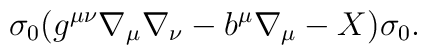
\sigma_0(g^{\mu\nu}\nabla_{\mu}\nabla_{\nu} - b^{\mu}\nabla_{\mu} - X)\sigma_0.